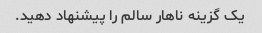
یک گزینه ناهار سالم را پیشنهاد دهید.